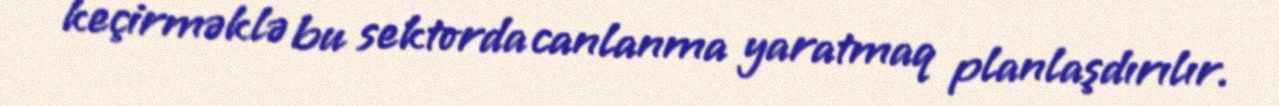
keçirməklə bu sektorda canlanma yaratmaq planlaşdırılır.